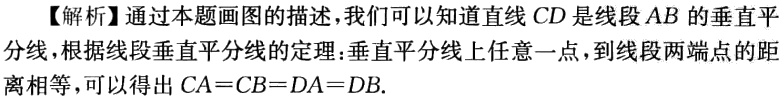
【解析】通过本题画图的描述，我们可以知道直线 \(CD\) 是线段 \(AB\) 的垂直平分线，根据线段垂直平分线的定理：垂直平分线上任意一点，到线段两端点的距离相等，可以得出 \(CA = CB = DA = DB\).